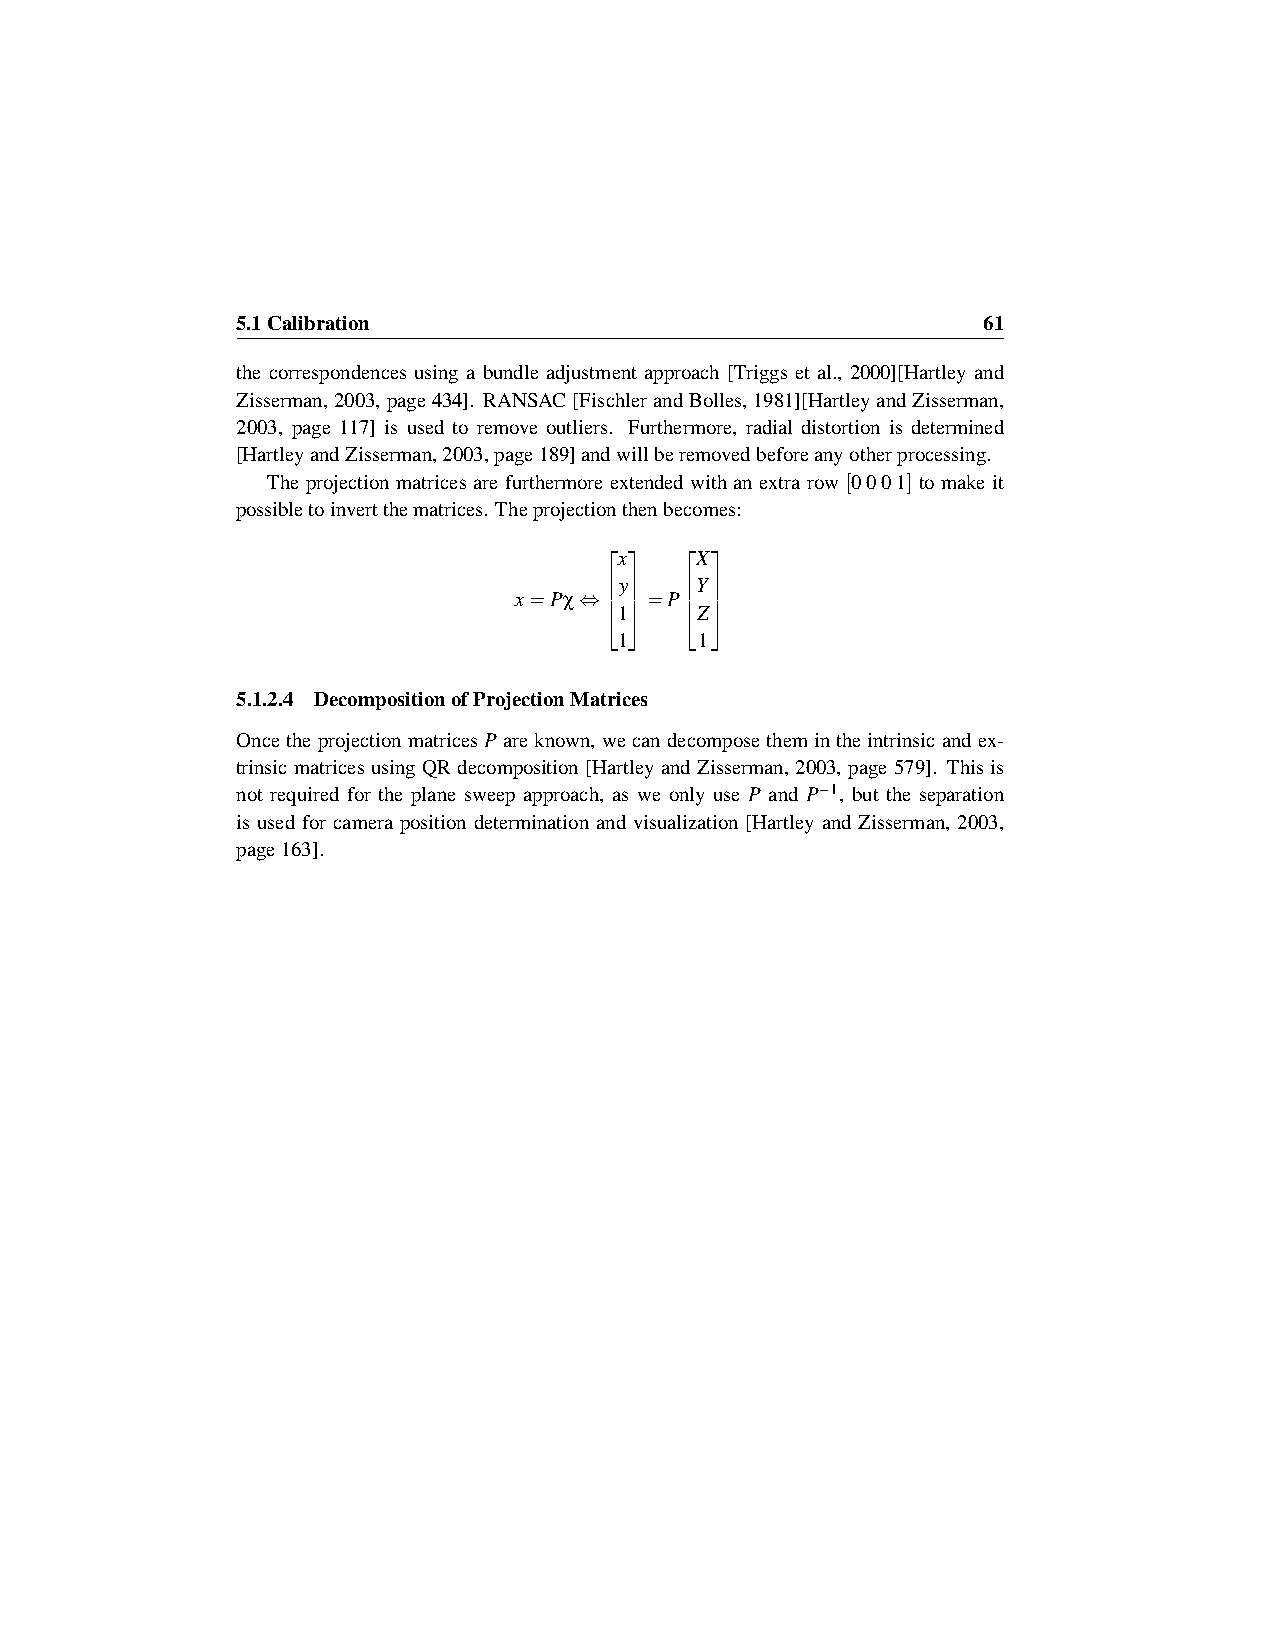
5.1Calibration                                   61
 the correspondences using a bundle adjustment approach [Triggs et al., 2000][Hartley and
 Zisserman,2003,page434]. RANSAC[FischlerandBolles,1981][HartleyandZisserman,
 2003, page 117] is used to remove outliers. Furthermore, radial distortion is determined
 [HartleyandZisserman,2003,page189]andwillberemovedbeforeanyotherprocessing.
 The projection matrices are furthermore extended with an extra row [0001] to make it
 possibletoinvertthematrices. Theprojectionthenbecomes:
 x  X
 y  Y
 x=Pχ⇔  =P 
 1  Z
 1    1
 5.1.2.4 DecompositionofProjectionMatrices
 OncetheprojectionmatricesPareknown, wecandecomposethemintheintrinsicandex-
 trinsic matrices using QR decomposition [Hartley and Zisserman, 2003, page 579]. This is
 not required for the plane sweep approach, as we only use P and P−1, but the separation
 is used for camera position determination and visualization [Hartley and Zisserman, 2003,
 page163].